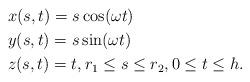
LaTeX: \begin{align*}&x(s,t)=s \cos (\omega t)\\&y(s,t)=s \sin (\omega t)\\&z(s,t)=t , r_1\le s\le r_2, 0\le t \le h.\end{align*}